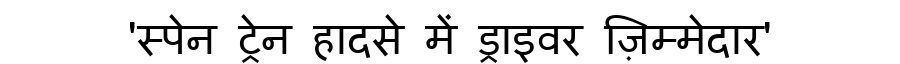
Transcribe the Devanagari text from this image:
'स्पेन ट्रेन हादसे में ड्राइवर ज़िम्मेदार'